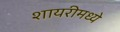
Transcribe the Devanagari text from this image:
शायरीमध्ये